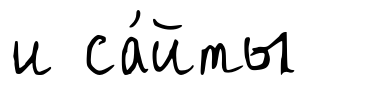
и са́йты